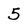
Character: 5